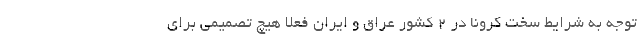
توجه به شرایط سخت کرونا در ۲ کشور عراق و ایران فعلا هیچ تصمیمی برای